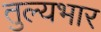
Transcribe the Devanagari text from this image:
तुल्‍यभार